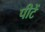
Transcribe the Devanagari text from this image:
पीटें